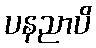
ပနညာပိ